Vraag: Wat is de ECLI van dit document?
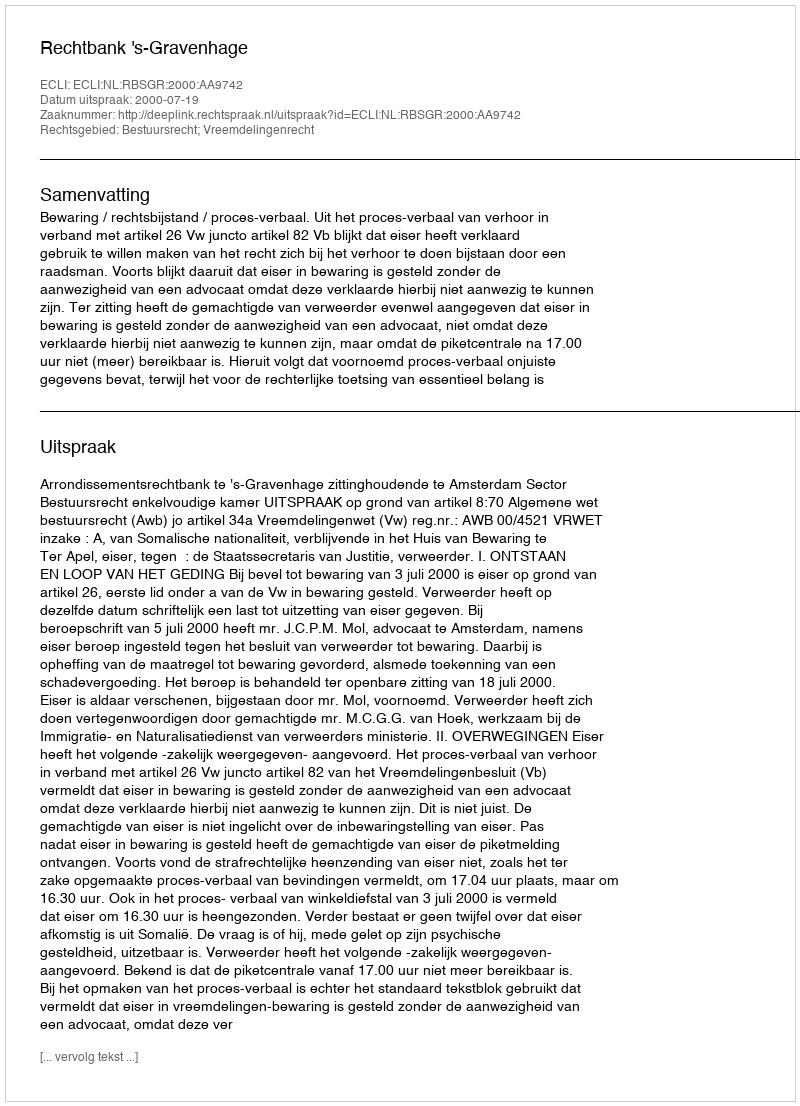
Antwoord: ECLI:NL:RBSGR:2000:AA9742